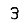
Digit: 3